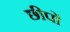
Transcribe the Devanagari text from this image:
छीपों